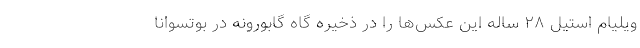
ویلیام استیل ۲۸ ساله این عکس‌ها را در ذخیره گاه گابورونه در بوتسوانا